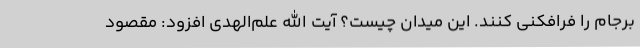
برجام را فرافکنی کنند. این میدان چیست؟ آیت الله علم‌الهدی افزود: مقصود